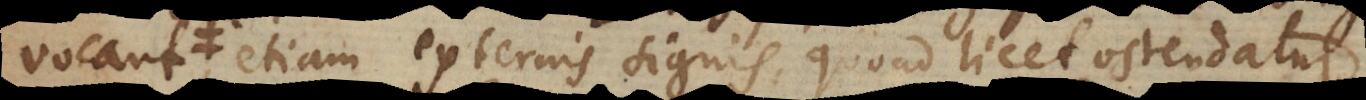
sed etiam externis signis, quoad licet, ostendatur.